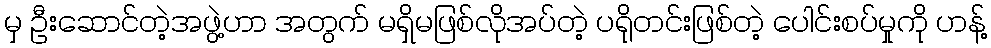
မှ ဦးဆောင်တဲ့အဖွဲ့ဟာ အတွက် မရှိမဖြစ်လိုအပ်တဲ့ ပရိုတင်းဖြစ်တဲ့ ပေါင်းစပ်မှုကို ဟန့်